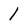
Character: 1